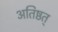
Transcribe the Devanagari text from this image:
अतिष्ठत्